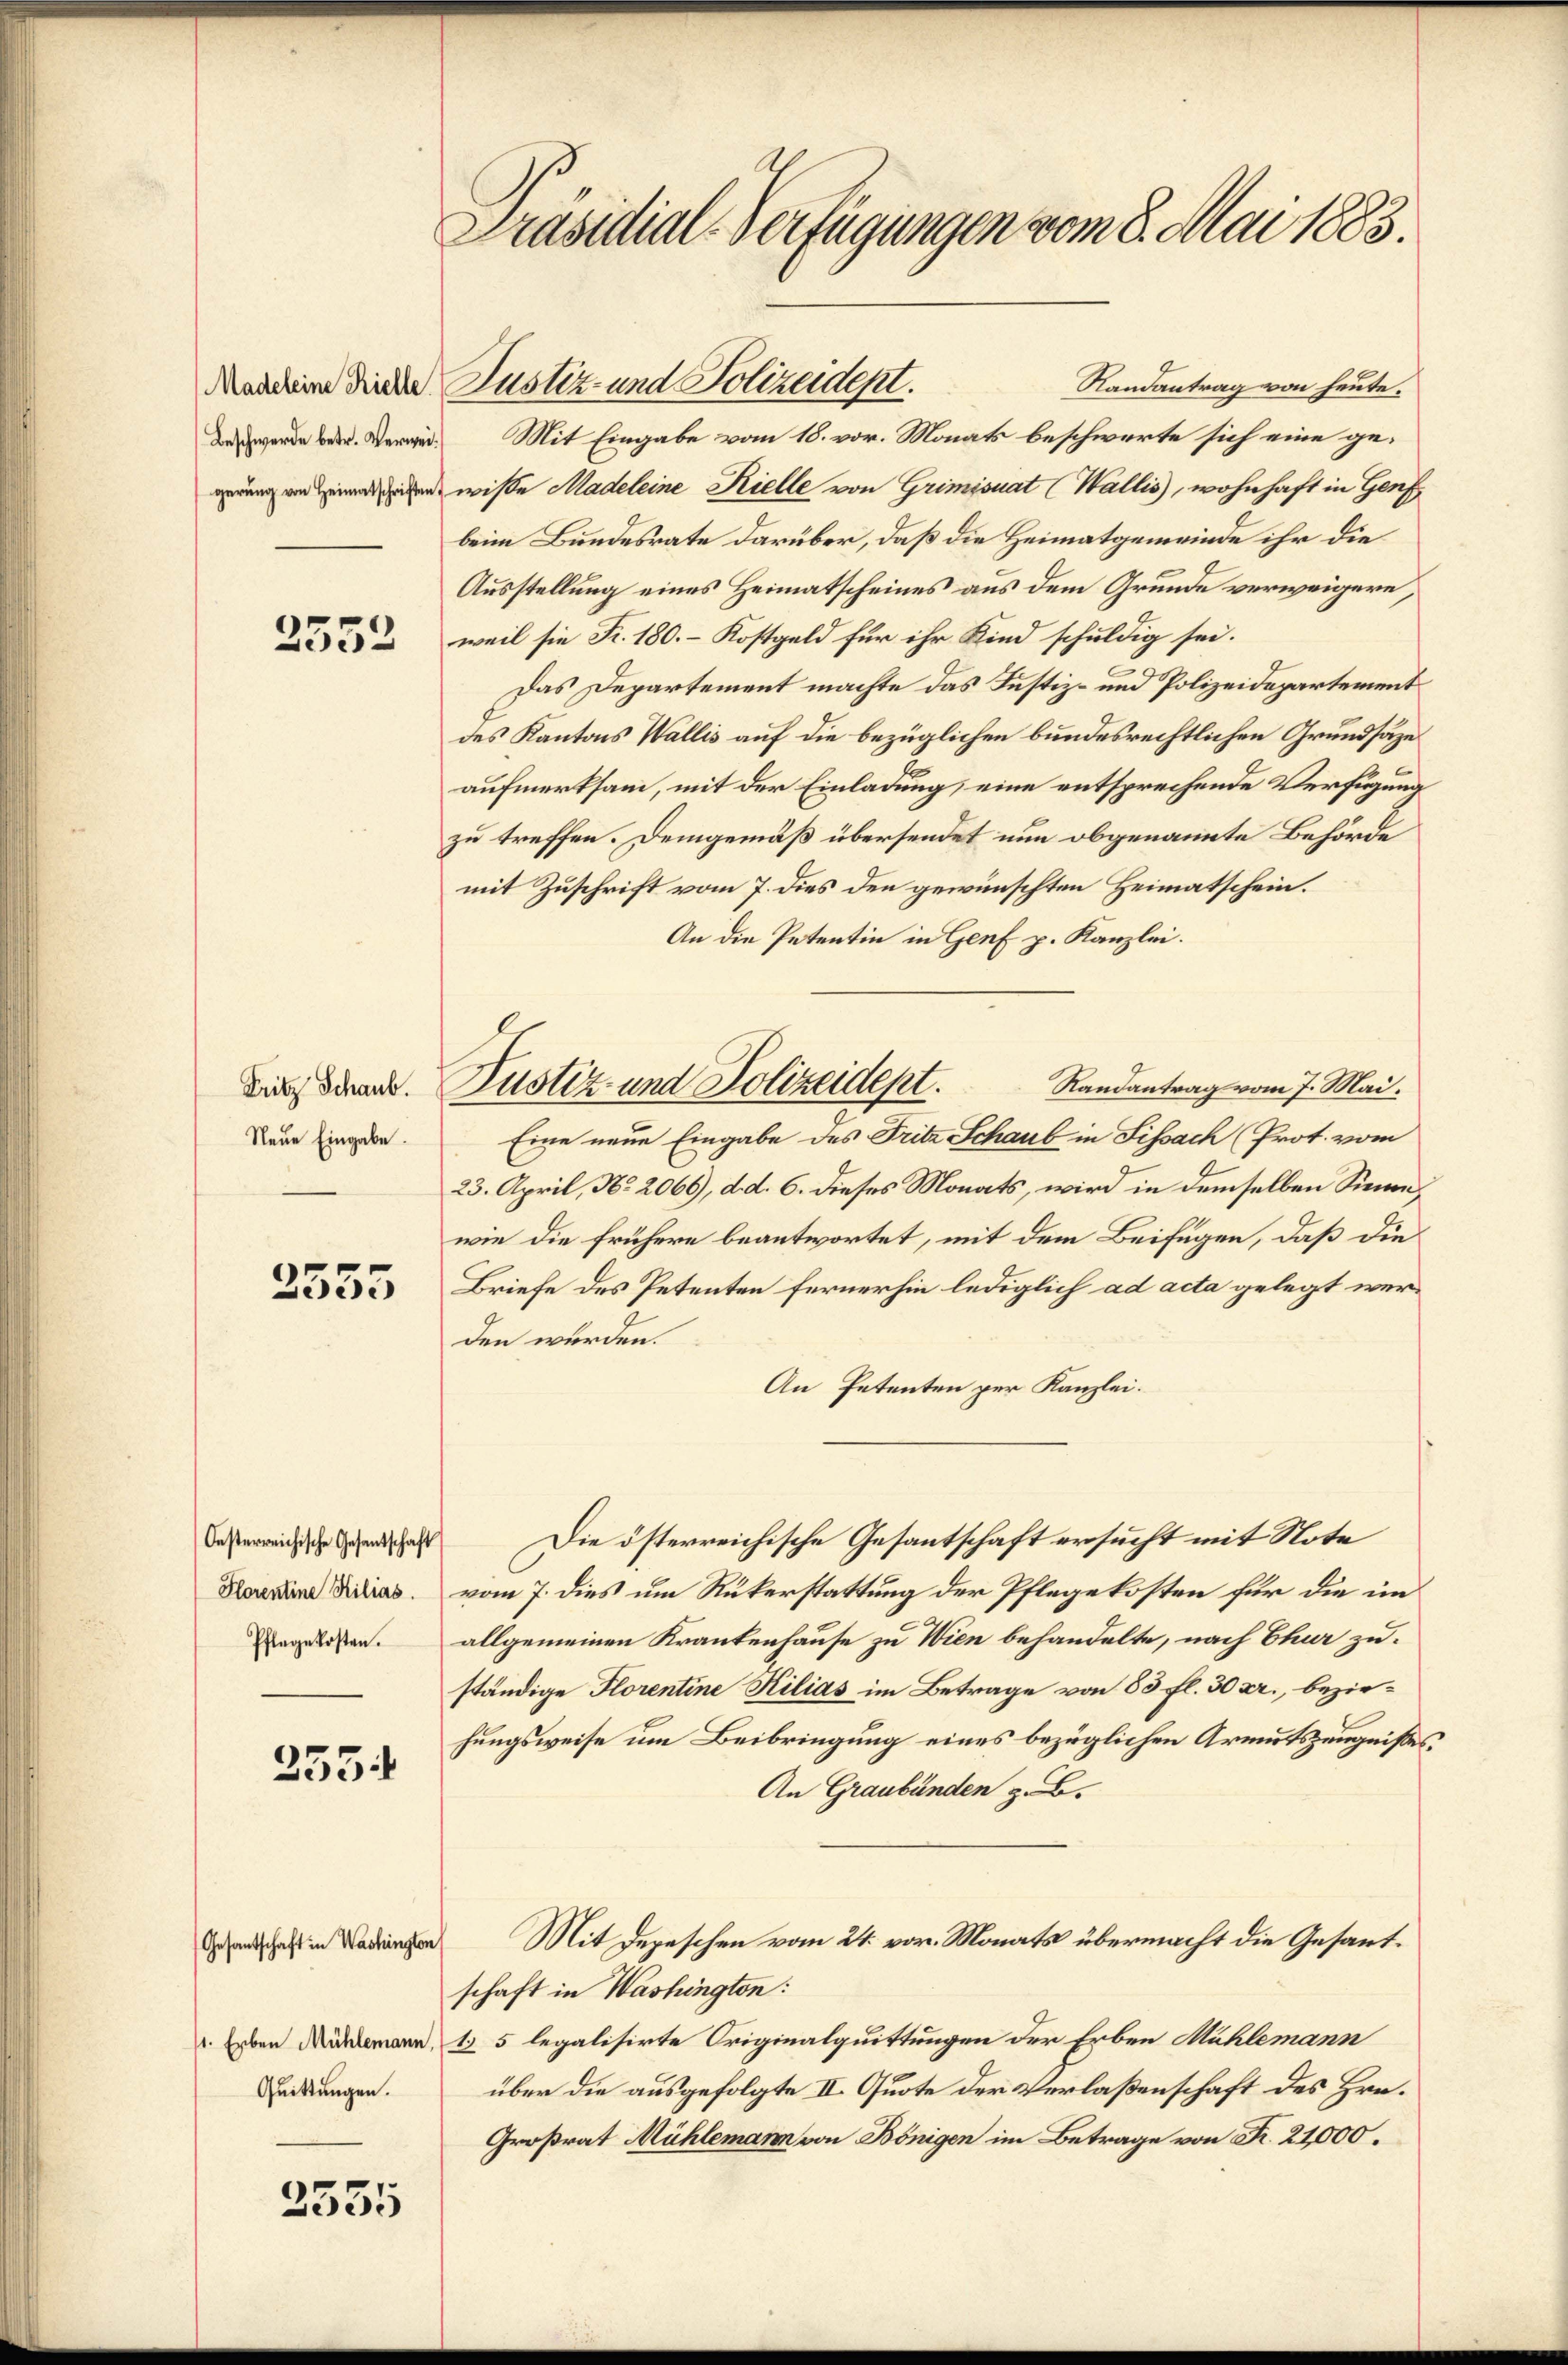
Madeleine Kielle
Beschwerde betr. Verwei¬

2555

Oesterreichische Gesantschaft
Florentine Hilias.
Pflege kosten.

2552

Fritz Schaub.
Neue Eingabe.

2554

Gesantschaft in Washington
Quittungen.

2535

Präsidial-Verfügungen vom 8. Mai 1883.

Randantrag von heute.
Mit Eingabe vom 18. vor. Monats beschwerte sich eine ge¬
 wiße Madeleine Kielle von Grimisuat (Wallis), wohnhaft in Genf
beim Bundesrate darüber, daß die Heimatgemeinde ihr die
Ausstellung eines Heimatscheines aus dem Grunde verweigern,
weil sie Fr. 180.– Kostgeld für ihr Kind schuldig sei.
Das Departement machte das Justiz- und Polizeidepartement
des Kantons Wallis auf die bezüglichen bundesrechtlichen Grundsäze
aufmerksam, mit der Einladung, eine entsprechende Verfügung
zu treffen. Demgemäß übersendet nun obgenannte Behörde
mit Zuschrift vom 7. dies den gewünschten Heimatschein.
An die Petentin in Genf p. Kanzlei.
Randantrag vom 7. Mai.
Eine neue Eingabe des Fritz Schaub in Sissach (Prot. vom
23. April, No. 2066), d. d. 6. dieses Monats, wird in demselben Sinne
wie die frühere beantwortet, mit dem Beifügen, daß die
Briefe des Petenten fernerhin lediglich ad acta gelegt werden würden.
An Petenten per Kanzlei.
Die österreichische Gesantschaft ersucht mit Note
vom 7. dies um Rükerstattung der Pflegekosten für die im
allgemeinen Krankenhause zu Wien behandelte, nach Chur zuständige Florentine Kilias im Betrage von 83 fl. 30 xr., bezirhungsweise um Beibringung eines bezüglichen Armutszeugnißes,
An Graubünden z. B.
Mit Depeschen vom 24. vor. Monats übermacht die Gesantschaft in Washingten:
 Eben demann, 15 legalisirte Originalquittungen der Erben Mühlemann
über die ausgefolgte II. Quote der Verlaßenschaft des Hrn.
Großrat Mühlemann von Bönigen im Betrage von Fr. 24,000.

Justiz- und Polizeidept.

Justiz- und Polizeidept.